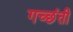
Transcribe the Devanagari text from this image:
गच्छंती